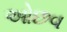
ઓછવ